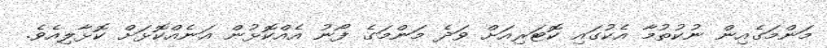
މަންމަގެއިން ނުކުތުމާ އެކުގައި ކޮޓަރިއަށް ވަދެ މަންމަގެ ފޯނު އެއްކޮޅުން އަނެއްކޮޅަށް ކޮޅާލިއެވެ.